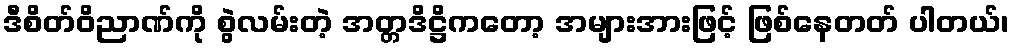
ဒီစိတ်ဝိညာဏ်ကို စွဲလမ်းတဲ့ အတ္တဒိဋ္ဌိကတော့ အများအားဖြင့် ဖြစ်နေတတ် ပါတယ်၊